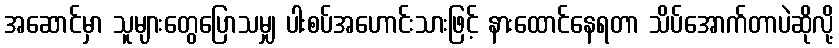
အဆောင်မှာ သူများတွေပြောသမျှ ပါးစပ်အဟောင်းသားဖြင့် နားထောင်နေရတာ သိပ်အောက်တာပဲဆိုလို့